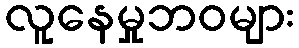
လူနေမှုဘဝများ